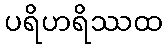
ပရိဟရိဿထ